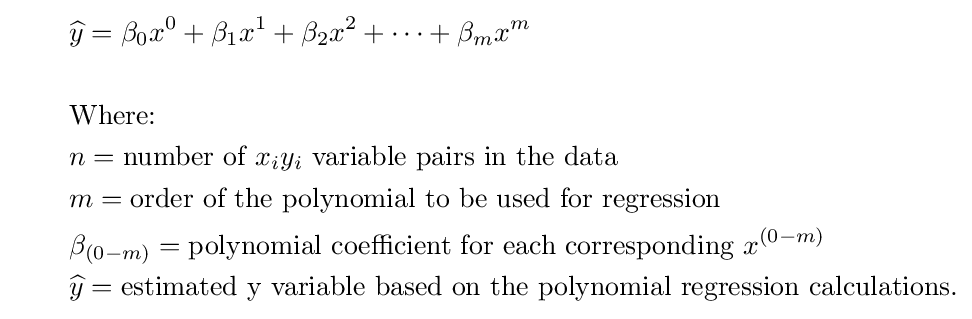
{\begin{aligned}&\qquad {\widehat {y}}=\beta _{0}x^{0}+\beta _{1}x^{1}+\beta _{2}x^{2}+\cdots +\beta _{m}x^{m}\\&\qquad \\&\qquad {\text{Where:}}\\&\qquad n={\text{number of }}x_{i}y_{i}{\text{ variable pairs in the data}}\\&\qquad m={\text{order of the polynomial to be used for regression}}\\&\qquad \beta _{(0-m)}={\text{polynomial coefficient for each corresponding }}x^{(0-m)}\\&\qquad {\widehat {y}}={\text{estimated y variable based on the polynomial regression calculations.}}\end{aligned}}